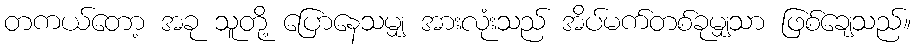
တကယ်တော့ အခု သူတို့ ပြောနေသမျှ အားလုံးသည် အိပ်မက်တစ်ခုမျှသာ ဖြစ်ချေသည်။